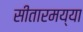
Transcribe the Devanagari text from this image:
सीतारमय्या